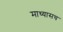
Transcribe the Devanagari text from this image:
माथ्यासच